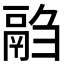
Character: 𱆍